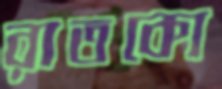
রাতকো